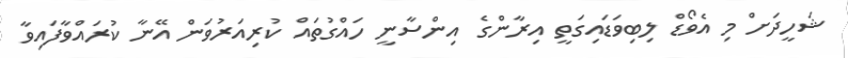
ޝަހީދަށް މި އެވޯޑް ލިބިވަޑައިގަތީ އިރާންގެ އިންސާނީ ހައްގުތައް ކުރިއަރުވަން އޭނާ ކުރައްވާފައިވާ